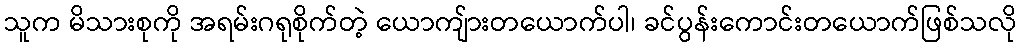
သူက မိသားစုကို အရမ်းဂရုစိုက်တဲ့ ယောကျ်ားတယောက်ပါ၊ ခင်ပွန်းကောင်းတယောက်ဖြစ်သလို